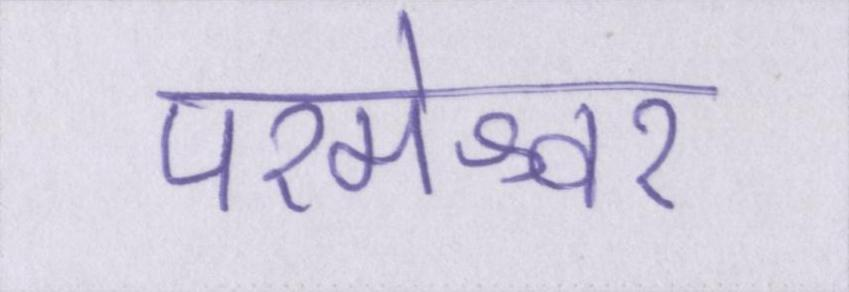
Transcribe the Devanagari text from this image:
परमेश्वर